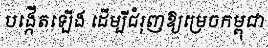
បង្កើតឡើង ដើម្បីជំរុញឱ្យម្រេចកម្ពុជា